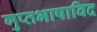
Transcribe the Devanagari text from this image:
गुप्तभाषाविद